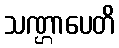
သဏ္ဌာပေတိ